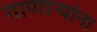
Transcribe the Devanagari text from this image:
गाणाऱ्यांना